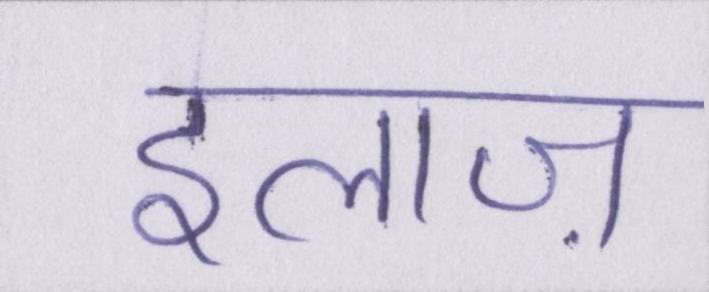
इलाज़